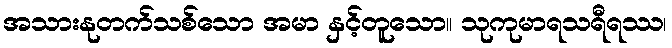
အသားနုတက်သစ်သော အမာ နှင့်တူသော။ သုကုမာရသရီရဿ၊